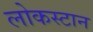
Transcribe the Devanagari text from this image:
लोकस्टान